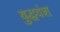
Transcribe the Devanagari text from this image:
बुद्धवंश